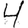
Digit: 4